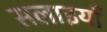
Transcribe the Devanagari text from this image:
सलाइयाँ